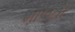
માલતી